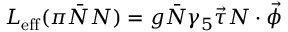
{ \cal L } _ { \mathrm { e f f } } ( \pi \bar { N } N ) = g \bar { N } \gamma _ { 5 } \vec { \tau } N \cdot \vec { \phi }